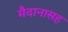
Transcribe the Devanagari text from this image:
मैदानासह